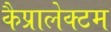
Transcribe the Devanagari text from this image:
कैप्रालेक्टम